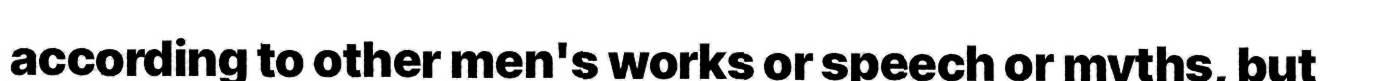
according to other men's works or speech or myths, but